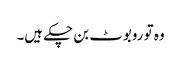
وہ تو روبوٹ بن چکے ہیں۔